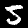
Digit: 5